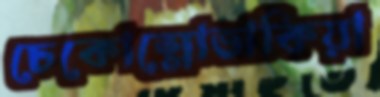
চেকোস্লোভাকিয়া